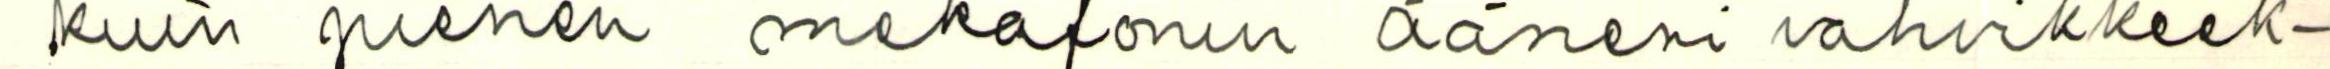
kuin pienen mekafonin ääneni vahvikkeek-